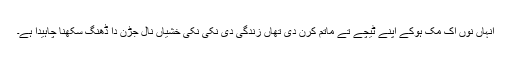
انہاں نوں اک مک ہوکے اپنے ٹیچے تے ماتم کرن دی تھاں زندگی دی نِکی نِکی خشیاں نال جڑن دا ڈھنگ سکھنا چاہیدا ہے۔